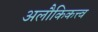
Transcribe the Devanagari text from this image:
अलौकिकत्त्व